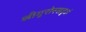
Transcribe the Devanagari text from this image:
श्रीगुरोस्सदृशं